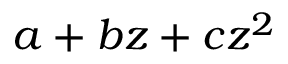
a + b z + c z ^ { 2 }